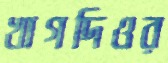
খাগদিওর